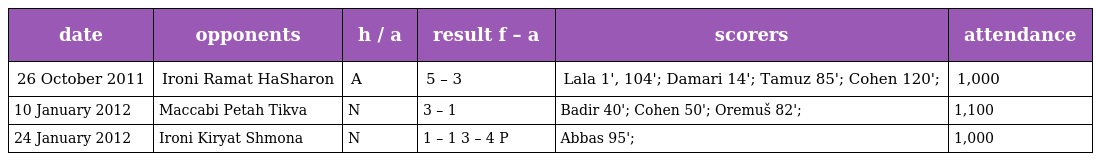
| date | opponents | h / a | result f – a | scorers | attendance |
 | --- | --- | --- | --- | --- | --- |
 | 26 October 2011 | Ironi Ramat HaSharon | A | 5 – 3 | Lala 1', 104'; Damari 14'; Tamuz 85'; Cohen 120'; | 1,000 |
 | 10 January 2012 | Maccabi Petah Tikva | N | 3 – 1 | Badir 40'; Cohen 50'; Oremuš 82'; | 1,100 |
 | 24 January 2012 | Ironi Kiryat Shmona | N | 1 – 1 3 – 4 P | Abbas 95'; | 1,000 |